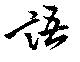
語